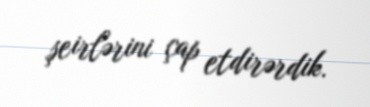
şeirlərini çap etdirərdik.